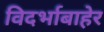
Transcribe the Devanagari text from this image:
विदर्भाबाहेर